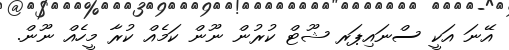
އޭނަ އަކީ ސްނައިޕަރ ޝޫޓް ކުރުން ނޫން ކަމެއް ކުރާ މީހެއް ނޫން.